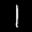
Label: 1